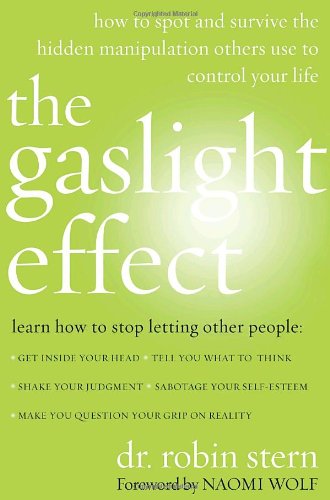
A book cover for The Gaslight Effect: How to Spot and Survive the Hidden Manipulation Others Use to Control Your Life; Dr. Robin Stern; Self-Help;